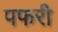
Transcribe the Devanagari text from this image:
पफरी